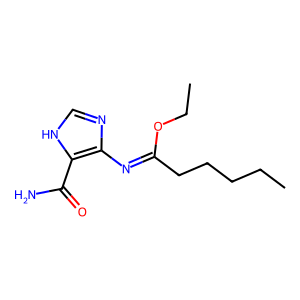
SMILES: CCCCCC(=Nc1nc[nH]c1C(N)=O)OCC
Inhibits HIV replication: No